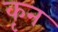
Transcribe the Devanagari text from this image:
कृन